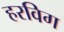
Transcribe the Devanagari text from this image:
हरविग